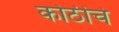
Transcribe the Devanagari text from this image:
कोठीचे